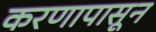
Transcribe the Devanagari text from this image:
करणापासून